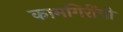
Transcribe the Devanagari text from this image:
कामगिरींची